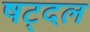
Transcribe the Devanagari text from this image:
षट्दल